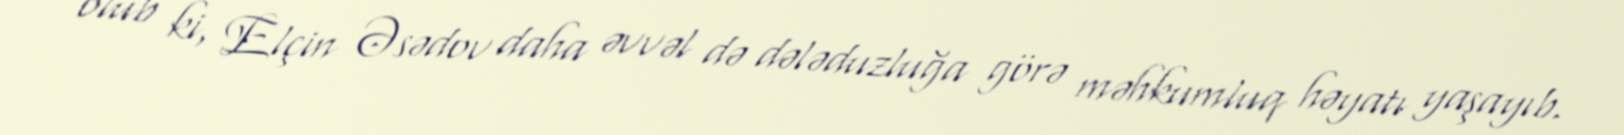
olub ki, Elçin Əsədov daha əvvəl də dələduzluğa görə məhkumluq həyatı yaşayıb.